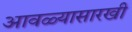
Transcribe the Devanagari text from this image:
आवळ्यासारखी